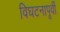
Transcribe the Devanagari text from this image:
विघटनापूर्वी